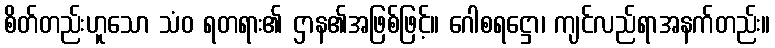
စိတ်တည်းဟူသော သံဝ ရတရား၏ ဌာန၏အဖြစ်ဖြင့်။ ဂေါစရဋ္ဌော၊ ကျင်လည်ရာအနက်တည်း။